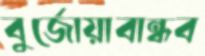
বুর্জোয়াবান্ধব